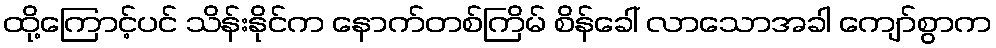
ထို့ကြောင့်ပင် သိန်းနိုင်က နောက်တစ်ကြိမ် စိန်ခေါ် လာသောအခါ ကျော်စွာက